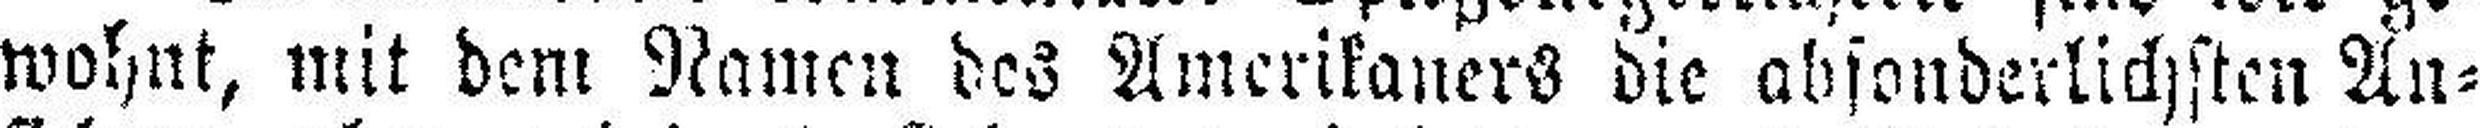
wohnt, mit dem Namen des Amerikaners die absonderlichsten An¬